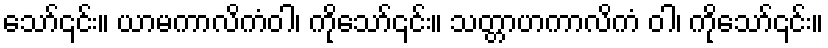
သော်၎င်း။ ယာမကာလိကံဝါ၊ ကိုသော်၎င်း။ သတ္တာဟကာလိကံ ဝါ၊ ကိုသော်၎င်း။